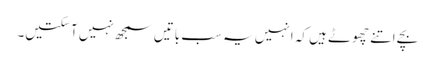
بچے اتنے چھوٹے ہیں کہ انہیں یہ سب باتیں سمجھ نہیں آ سکتیں۔